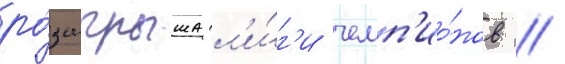
ро́зыгрыша л'и́г'и чемп'ио́нов /